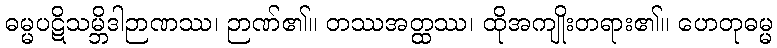
ဓမ္မပဋိသမ္ဘိဒါဉာဏဿ၊ ဉာဏ်၏။ တဿအတ္ထဿ၊ ထိုအကျိုးတရား၏။ ဟေတုဓမ္မ